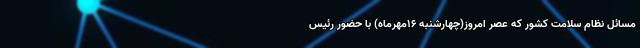
مسائل نظام سلامت کشور که عصر امروز(چهارشنبه 16مهرماه) با حضور رئیس